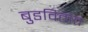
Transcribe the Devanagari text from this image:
बुडवितात